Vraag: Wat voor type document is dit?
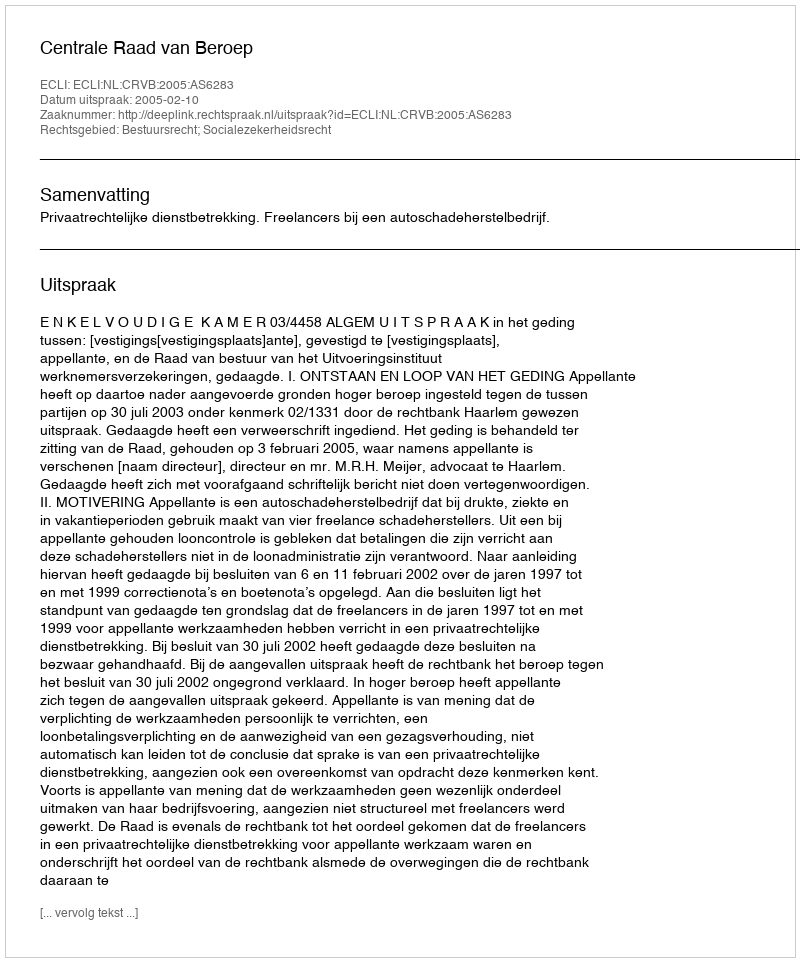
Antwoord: Uitspraak